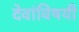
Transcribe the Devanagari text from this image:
देवांविषयी